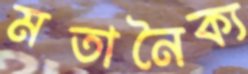
মতানৈক্য